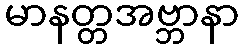
မာနတ္တအဗ္ဘာနာ